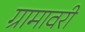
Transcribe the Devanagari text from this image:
ग्रामावरी